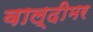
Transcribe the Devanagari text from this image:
वाल्दीमर